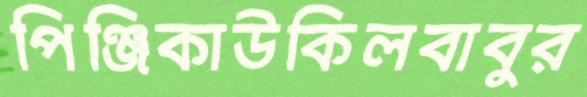
পিঞ্জিকাউকিলবাবুর